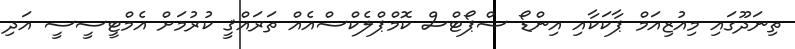
ތިނަދޫގައި މިއުޒިއަމް ޕާކަކާއި އިންޑޯ ސްޕޯޓްސް ކޮމްޕްލެކްސްއެއް ތަރައްޤީ ކުރުމަށް އެމްޓީސީސީ އަދި